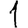
Digit: 1